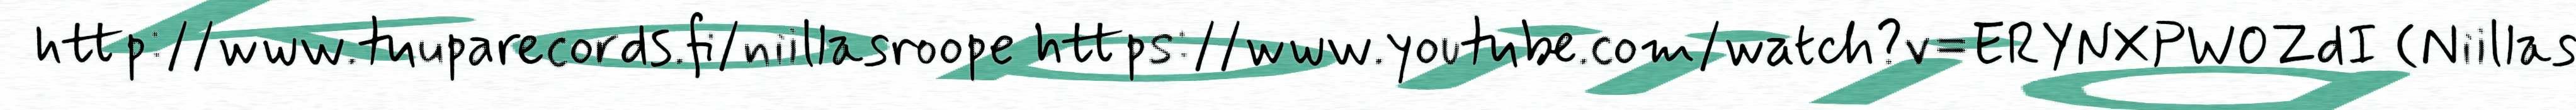
http://www.tuuparecords.fi/niillasroope https://www.youtube.com/watch?v=ERYNXPW0ZdI (Niillas